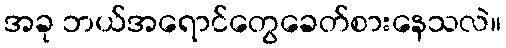
အခု ဘယ်အရောင်တွေခေတ်စားနေသလဲ။